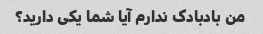
من بادبادک ندارم آیا شما یکی دارید؟